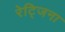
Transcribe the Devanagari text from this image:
रेट्जिना